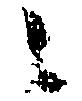
之